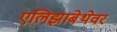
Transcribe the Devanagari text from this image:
एलिझाबेथेवर